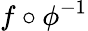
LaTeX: f\circ\phi^{-1}